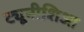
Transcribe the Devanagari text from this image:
ट्यूनीशिआ